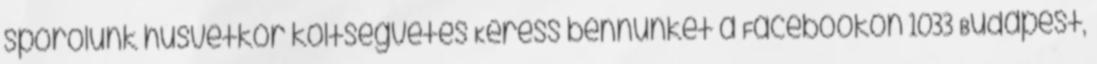
spórolunk húsvétkor költségvetés Keress bennünket a Facebookon 1033 Budapest,